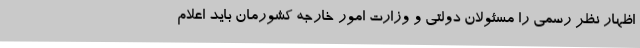
اظهار نظر رسمی را مسئولان دولتی و وزارت امور خارجه کشورمان باید اعلام